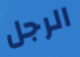
الرجل